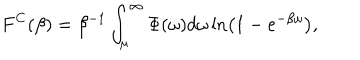
F ^ { C } ( \beta ) = \beta ^ { - 1 } \int _ { \mu } ^ { \infty } \Phi ( \omega ) d \omega \ln \left( 1 - e ^ { - \beta \omega } \right) ,